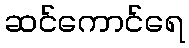
ဆင်ကောင်ရေ